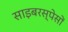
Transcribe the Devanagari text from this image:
साइबरस्पेसों